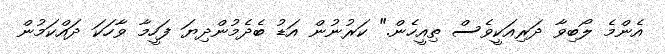
އެންމެ ލޯބިވާ ދަރިއަކީވެސް ތިއީހެން." ކަރުނުން އަޑު ބެދެމުންދިޔަ ފަހީމާ ވާހަކަ ދައްކަމުން